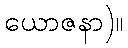
ယောဇနာ)။